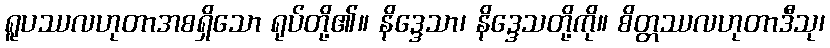
ရူပဿလဟုတာအစရှိသော ရုပ်တို့၏။ နိဒ္ဒေသာ၊ နိဒ္ဒေသတို့ကို။ စိတ္တဿလဟုတာဒီသု၊